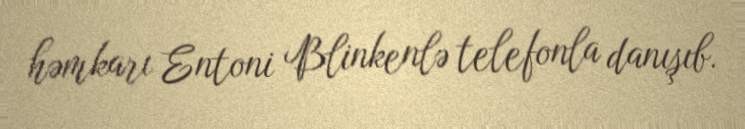
həmkarı Entoni Blinkenlə telefonla danışıb.